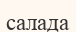
салада